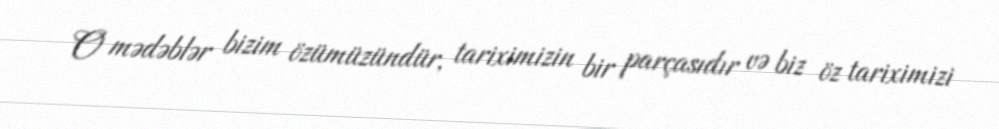
O mədəblər bizim özümüzündür, tariximizin bir parçasıdır və biz öz tariximizi